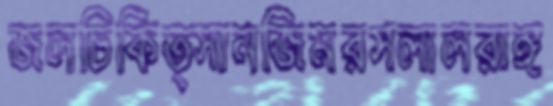
জলচিকিত্সানজিমরসলালরাঙ্গ